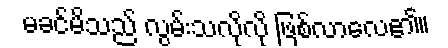
မခင်မိသည် လွမ်းသလိုလို ဖြစ်လာလေ၏။